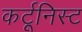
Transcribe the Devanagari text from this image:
कर्टूनिस्ट